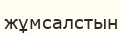
жұмсалстын